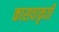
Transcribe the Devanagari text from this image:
कासवाकृती